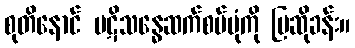
စုတိနောင် ပဋိသန္ဓေဆက်စပ်ပုံကို ပြဆိုခန်း။